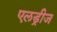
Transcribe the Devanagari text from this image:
एलड्रीज